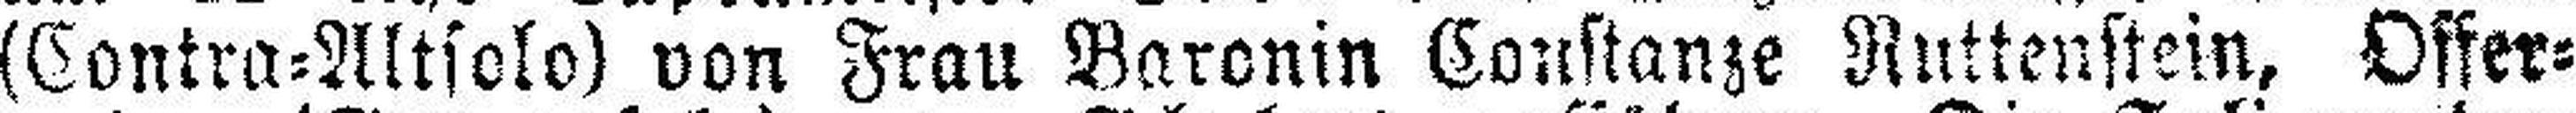
(Contra=Altsolo) von Frau Baronin Constanze Ruttenstein, Offer¬